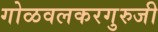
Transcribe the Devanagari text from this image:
गोळवलकरगुरुजी